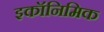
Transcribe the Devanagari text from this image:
इकॉनिमिक